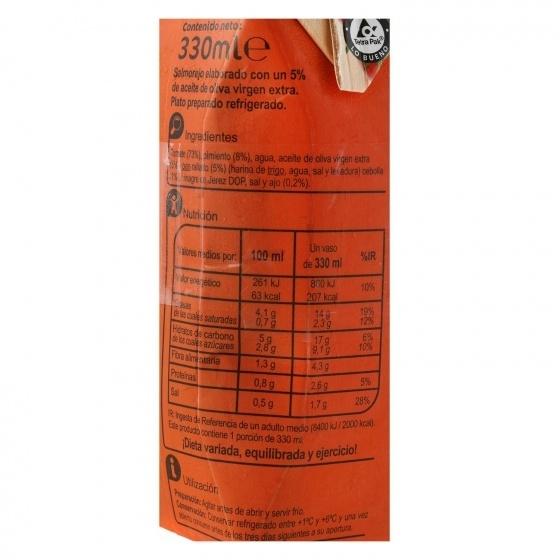
Contenido neto:
Tera Pak
330mLe
CUENO
Salmorejo elab arado con un 5% de aceite de o'va virgen extra. Plato preparado refrigerado.
Ingre dientes
7 simiento (8%), agua, aceite de oliva vgen extra lo to (5%) (harina de trigo, agua, sal y le adura) cebola age caJerez DOP, sal y ajo (0.2%).
Nutrición
Un vaso de 330 ml
alores nadios por 100 ml
IR
Vlorereetico
261 kJ 63 kcal
800 kJ 207 kcal
10%
4.1g 0,79
14g 2,3g
19% 12%
eis cualer saturadas Hdatos de carbono cuales azicares Fora aimentaria
5g 2,8g
17 g 9,19
6% 10%
1,3g
4,3g
Proteinas
0,8g
26g
5%
Sal
29%
0,5 g
1,7g
Rigesta de Referencia de un adulto medo (8400 k/2000 kcal) Ele produo contiene 1 porción de 330 ml
pieta variada, equilibrada y ejercicio!
UNización
Popunci A anes de abrir y servir Ino.
Comarvait Csenar refrigerado entre +1°C y oC y una ve ete los tres dias siguientes a su apertura